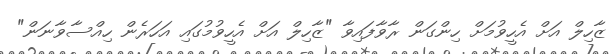
ޒާހިލް އަށް އެހީވުމަށް ހިންގަން ރާވާފައިވާ "ޒާހިލް އަށް އެހީވުމުގައި އަހަރެން ހިއްސާވާނަން"